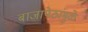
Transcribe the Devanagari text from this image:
बाजापेठांमुळे